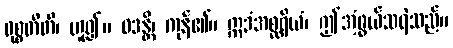
ဝုစ္စတီတိ၊ ဟူ၍။ ဝဒန္တိ၊ ကုန်၏။ ဣဒံအစ္ဆရိယံ၊ ဤအံ့ဖွယ်သရဲသည်။